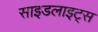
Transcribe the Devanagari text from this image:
साइडलाइट्स